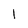
Character: I